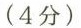
(4分)